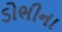
ડોભીના